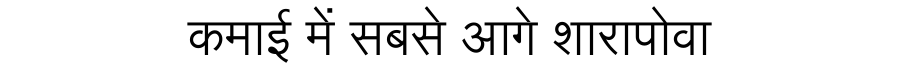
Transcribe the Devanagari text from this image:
कमाई में सबसे आगे शारापोवा